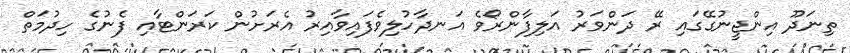
ތިނަދޫ އިންޖީނުގޭގައި ރޭ ދަންވަރު އަލިފާންރޯވެ އަނދާހުލިވެފައިވާއިރު އެރަށުން ކަރަންޓާއި ފެނުގެ ހިދުމަތް